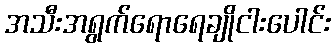
အသီးအရွက်ရောရေချိုငါးပေါင်း